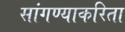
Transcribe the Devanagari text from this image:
सांगण्याकरिता